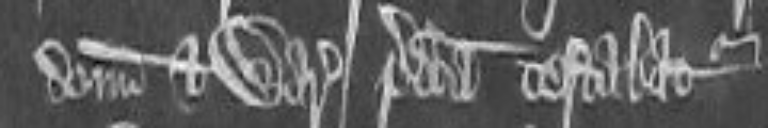
donum et warrantiam predicta testabatur